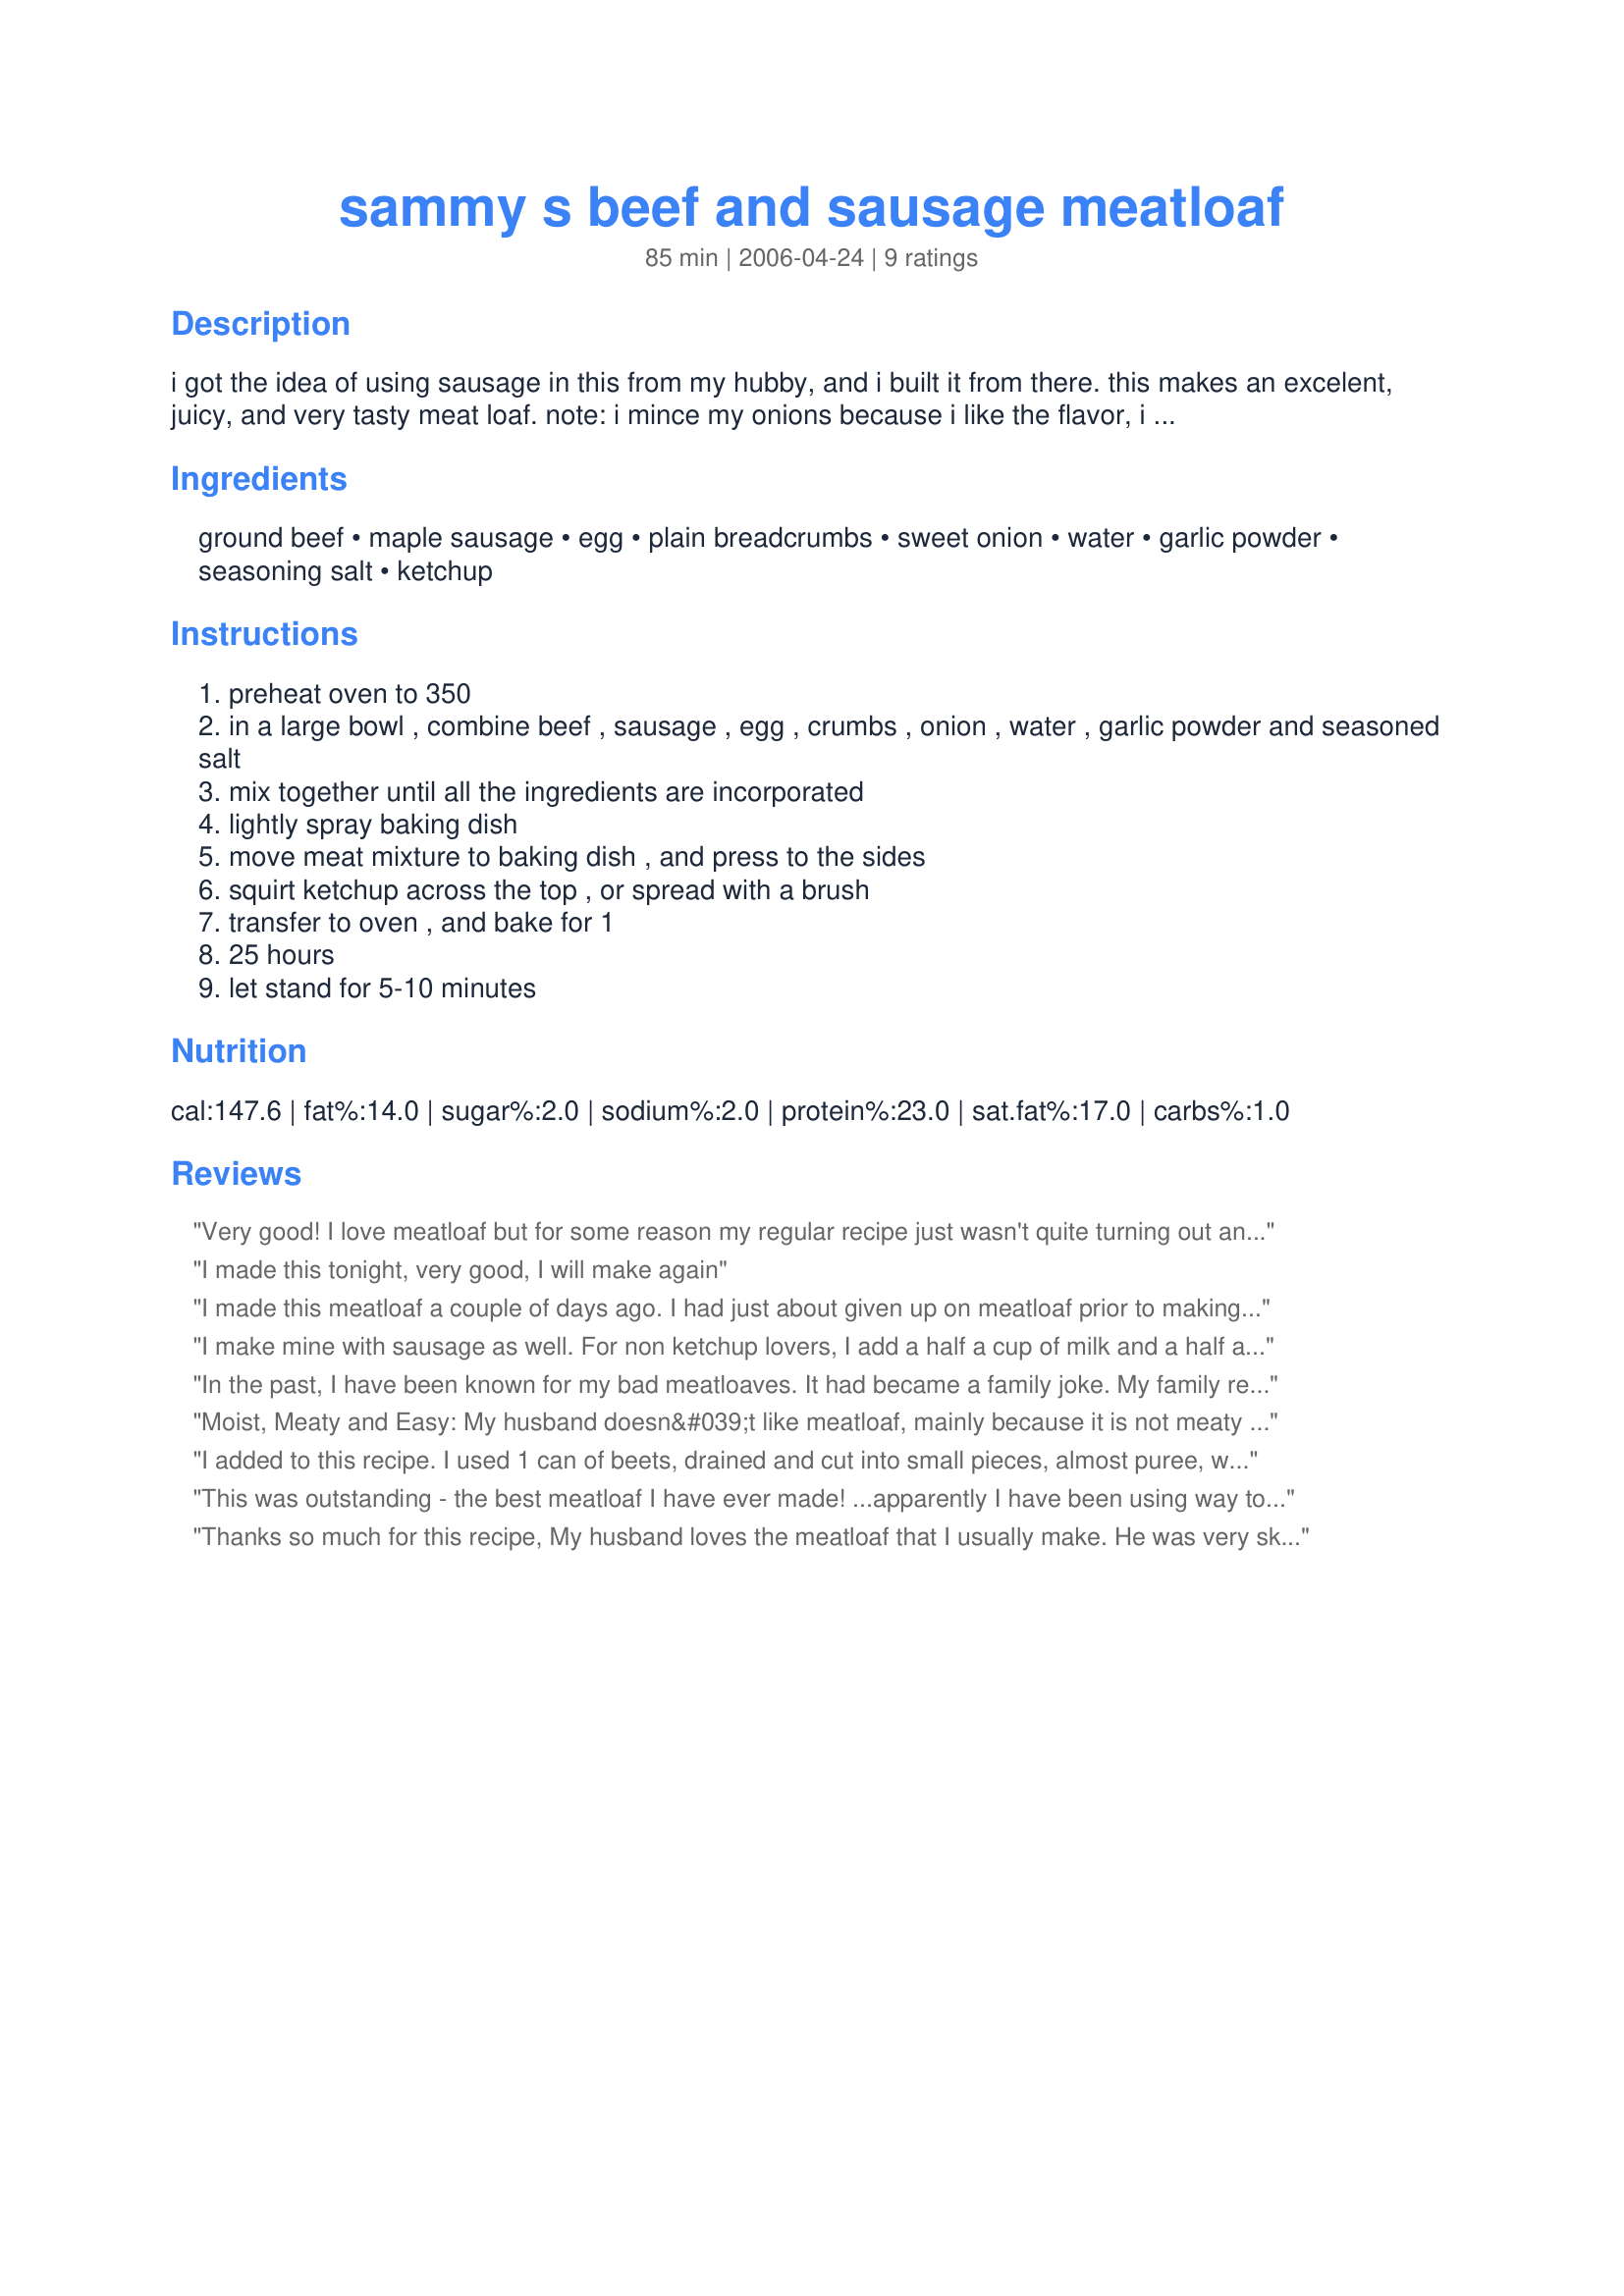
sammy s beef and sausage meatloaf
Preparation time: 85 minutes

i got the idea of using sausage in this from my hubby, and i built it from there. this makes an excelent, juicy, and very tasty meat loaf.
note: i mince my onions because i like the flavor, i just don't want to know they are there, but obviously you can chop them to your liking.

Ingredients:
ground beef, maple sausage, egg, plain breadcrumbs, sweet onion, water, garlic powder, seasoning salt, ketchup

Steps:
preheat oven to 350
in a large bowl , combine beef , sausage , egg , crumbs , onion , water , garlic powder and seasoned salt
mix together until all the ingredients are incorporated
lightly spray baking dish
move meat mixture to baking dish , and press to the sides
squirt ketchup across the top , or spread with a brush
transfer to oven , and bake for 1
25 hours
let stand for 5-10 minutes

Reviews:
Very good! I love meatloaf but for some reason my regular recipe just wasn't quite turning out anymore so I've been trying new recipes. Then today I got a super good deal on pork sausage so this was perfect for me. I used regular sausage instead of maple flavored because that's what I had on hand. I also added another egg, bit more breadcrumbs, and more onion. All in all this turned out super flavorful and moist. For me those to areas are often lacking in meatloaf so I think that makes this recipe a winner. Thanks for a yummy meatloaf!!
I made this tonight, very good, I will make again
I made this meatloaf a couple of days ago. I had just about given up on meatloaf prior to making this recipe. None that I made tasted good to me...and I had decided that I just didn't care for it anymore. WRONG! This recipe is wonderful, even cold! (I had always disliked it cold before.) I used my favorite flavor of Jimmy Dean Sausage 'Mild Country'. It gave a lot of flavor to the meat. I used 90% lean ground beef with the sausage. The loaf could have been a little less firm as a result since the two meats were so lean...next time I may reduce the amount of bread crumbs slightly to make up for it. It didnot taste dry however...but was great. I sure never thought I would ever call meatloaf 'great'! Thank you for terrific recipe.
I make mine with sausage as well. For non ketchup lovers, I add a half a cup of milk and a half a cup of Heinz 57 to the mixture. I also coat the top with the 57 instead of ketchup. This is a gteat dish!
In the past, I have been known for my bad meatloaves. It had became a family joke. My family really liked this meatloaf. I did halve the recipe (there are only three of us) and used regular sausage. I had to increase the bread crumbs, because I used a whole egg. My extremely picky grandson ate three helpings! Even after halving the recipe, I still had leftovers, and I know it will make great sandwiches. Thanks Panhandle Sam, a keeper! Sue
Moist, Meaty and Easy: My husband doesn&#039;t like meatloaf, mainly because it is not meaty or very dry. I searched the Internet and there were so many complicated recipes, I don&#039;t have time for that. This was easy, my husband ate 2 helpings last night and had a meatloaf sandwich for lunch today. I didn&#039;t have the maple sausage so I used Italian. I will try breakfast sausage next time for something different. It does give the meatloaf a sausage flavor but I thought is made it taste more meaty.
I added to this recipe. I used 1 can of beets, drained and cut into small pieces, almost puree, with the rest of this recipe&#039;s ingredients. It turned out 5 star delicious, and didn&#039;t alter any of the dish in taste. Wonderful meatloaf taste. ADD BEETS!&lt;br/&gt;&lt;br/&gt;D.C. Farley (a.k.a.), Delano Farley.
This was outstanding - the best meatloaf I have ever made! ...apparently I have been using way too many breadcrumbs. I didn't have any maple sausage thawed, so I used Jimmy Dean Italian, regular onion and 1-1/2 teaspoons of fresh minced garlic instead of the powdered. I suspect the leftovers will make superior sandwiches, except for one slice which will go into vegetable soup with the drippings!
Thanks so much for this recipe, My husband loves the meatloaf that I usually make. He was very skeptical about trying it. After our meal he said maybe I could make your recipe every other time. It very juicy and had a nice texture to it. Thanks again!
